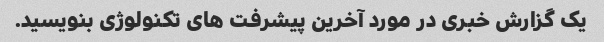
یک گزارش خبری در مورد آخرین پیشرفت های تکنولوژی بنویسید.